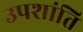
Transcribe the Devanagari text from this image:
उपशांति